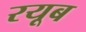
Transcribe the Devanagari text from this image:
रयूब